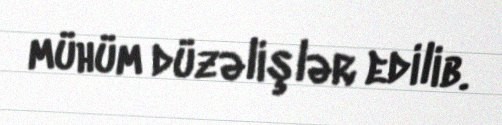
mühüm düzəlişlər edilib.